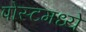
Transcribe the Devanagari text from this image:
पोस्टमध्ये